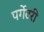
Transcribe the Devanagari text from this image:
पर्गेटरी